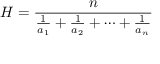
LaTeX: H = { \frac { n } { { \frac { 1 } { a _ { 1 } } } + { \frac { 1 } { a _ { 2 } } } + \cdots + { \frac { 1 } { a _ { n } } } } }